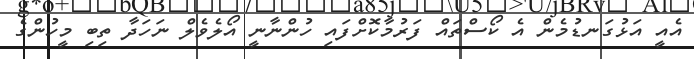
އެއީ އަޅުގަނޑުމެން އެ ކޯސްތައް ފަރުމާކޮށްފައި ހުންނާނީ އޯލެވެލް ނަހަދާ ތިބި މީހުންގެ